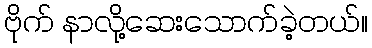
ဗိုက် နာလို့ဆေးသောက်ခဲ့တယ်။